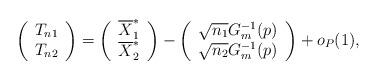
LaTeX: \begin{align*} \left( \begin{array}{cc} T_{n1} \\ T_{n2} \end{array} \right) = \left( \begin{array}{cc} \overline{X}_1^* \\ \overline{X}_2^* \end{array} \right) - \left( \begin{array}{cc} \sqrt{n_1} G_m^{-1}(p) \\ \sqrt{n_2} G_m^{-1}(p) \end{array} \right) + o_P(1),\end{align*}